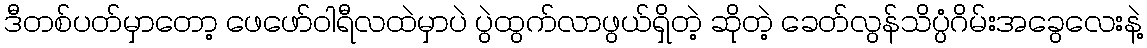
ဒီတစ်ပတ်မှာတော့ ဖေဖော်ဝါရီလထဲမှာပဲ ပွဲထွက်လာဖွယ်ရှိတဲ့ ဆိုတဲ့ ခေတ်လွန်သိပ္ပံဂိမ်းအခွေလေးနဲ့